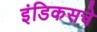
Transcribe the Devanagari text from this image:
इंडिकसचे